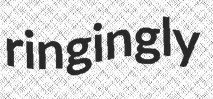
ringingly